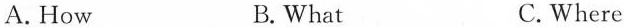
A.How B.What C.Where